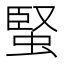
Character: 蜸